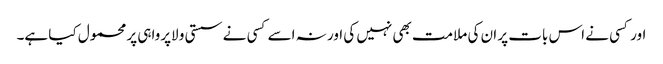
اور کسی نے اس بات پر ان کی ملامت بھی نہیں کی اور نہ اسے کسی نے سستی و لاپرواہی پر محمول کیا ہے۔